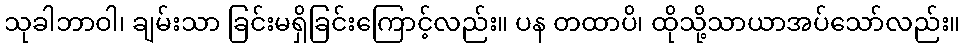
သုခါဘာဝါ၊ ချမ်းသာ ခြင်းမရှိခြင်းကြောင့်လည်း။ ပန တထာပိ၊ ထိုသို့သာယာအပ်သော်လည်း။